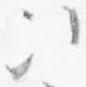
次